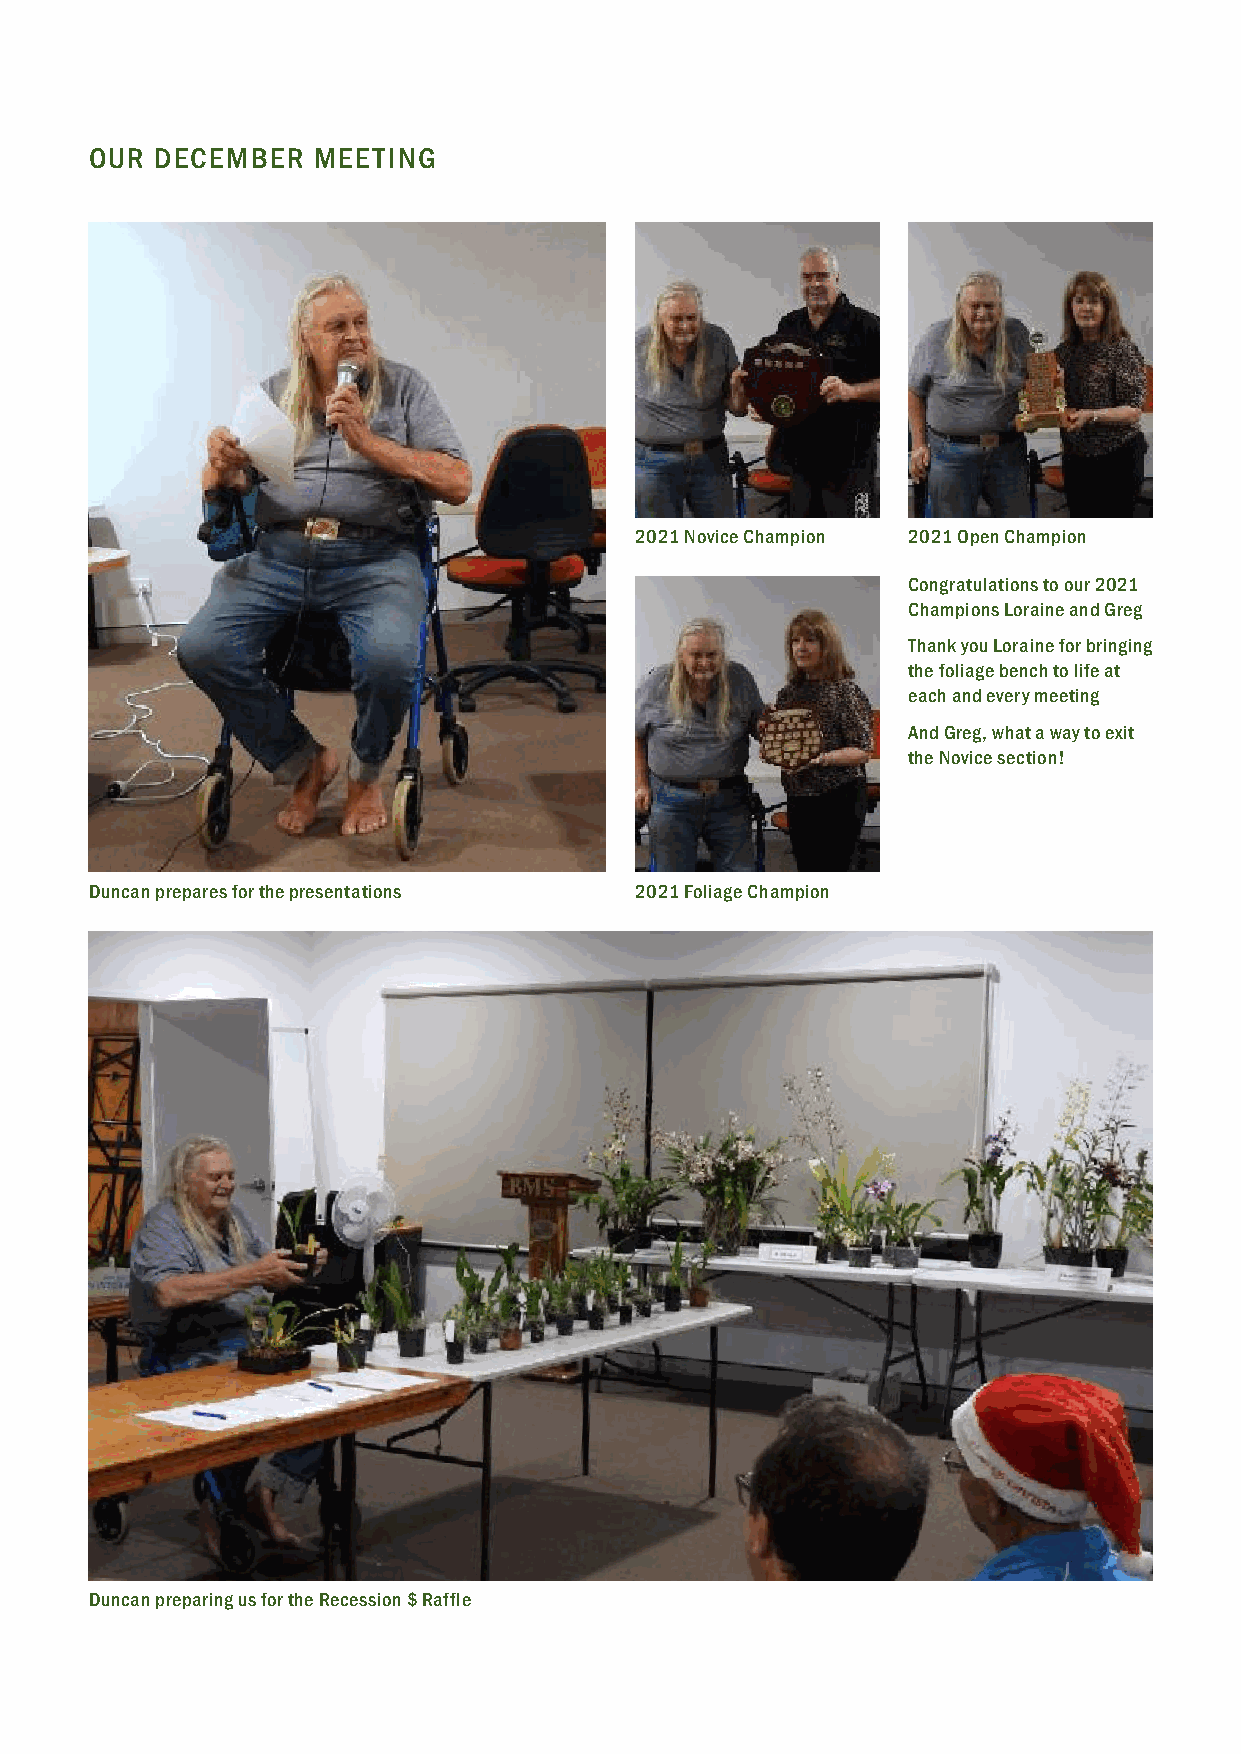
OUR DECEMBER   MEETING
 2021 Novice Champion 2021 Open Champion
 Congratulations to our 2021
 Champions Loraine and Greg
 Thank you Loraine for bringing
 the foliage bench to life at
 each and every meeting
 And Greg, what a way to exit
 the Novice section!
 Duncan prepares for the presentations 2021 Foliage Champion
 Duncan preparing us for the Recession $ Raffle